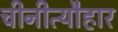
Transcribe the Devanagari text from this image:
चीनीत्यौहार